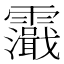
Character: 𩆭